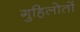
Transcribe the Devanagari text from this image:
गुहिलोतों